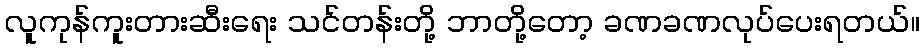
လူကုန်ကူးတားဆီးရေး သင်တန်းတို့ ဘာတို့တော့ ခဏခဏလုပ်ပေးရတယ်။